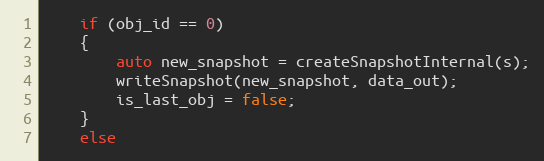
Language: C++
    if (obj_id == 0)
    {
        auto new_snapshot = createSnapshotInternal(s);
        writeSnapshot(new_snapshot, data_out);
        is_last_obj = false;
    }
    else